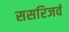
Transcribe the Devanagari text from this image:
ससरिजर्व